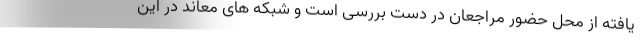
یافته از محل حضور مراجعان در دست بررسی است و شبکه های معاند در این